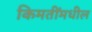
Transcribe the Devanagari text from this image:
किमतींमधील